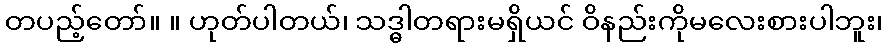
တပည့်တော်။ ။ ဟုတ်ပါတယ်၊ သဒ္ဓါတရားမရှိယင် ဝိနည်းကိုမလေးစားပါဘူး၊